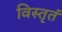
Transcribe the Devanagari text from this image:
विस्तृतं